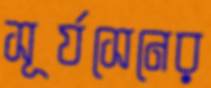
সূর্যসেনের